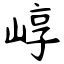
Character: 崞